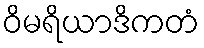
ဝိမရိယာဒိကတံ